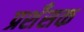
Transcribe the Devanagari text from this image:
प्रशँसक